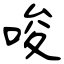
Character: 唆